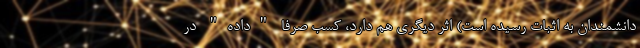
دانشمندان به اثبات رسیده است) اثر دیگری هم دارد، کسب صرفا "داده" در